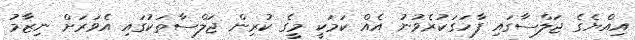
އިއްޔެގެ ޖަލްސާގައި ފާހަގަކުރެވުނު އެއް ކަމަކީ މީގެ ކުރިން ޖަލްސާތަކުގައި އެވަރަށް ނިޒާމު